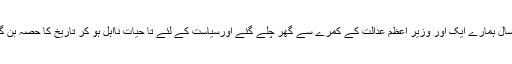
اس سال ہمارے ایک اور وزیر اعظم عدالت کے کمرے سے گھر چلے گئے اورسیاست کے لئے تا حیات نااہل ہو کر تاریخ کا حصہ بن گئے۔